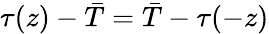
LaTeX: \tau(z)-\bar{T}=\bar{T}-\tau(-z)